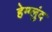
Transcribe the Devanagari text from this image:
हेग्ग्लुंद